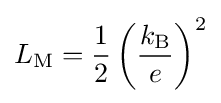
L_{\text{M}}={\frac {1}{2}}\left({\frac {k_{\rm {B}}}{e}}\right)^{2}